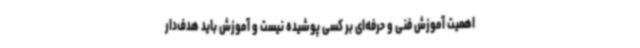
اهمیت آموزش فنی و حرفه‌ای بر کسی پوشیده نیست و آموزش باید هدف‌دار